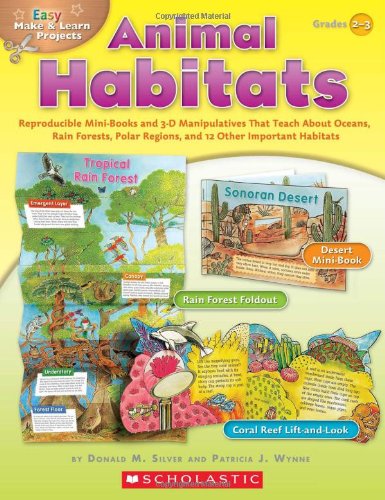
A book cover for Easy Make & Learn Projects: Animal Habitats: Reproducible Mini-Books and 3-D Manipulatives That Teach About Oceans, Rain Forests, Polar Regions, and 12 Other Important Habitats; Donald Silver; Science & Math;